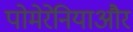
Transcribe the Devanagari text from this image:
पोमेरेनियाऔर